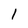
Character: l